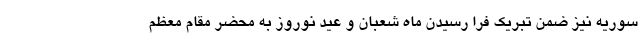
سوریه نیز ضمن تبریک فرا رسیدن ماه شعبان و عید نوروز به محضر مقام معظم